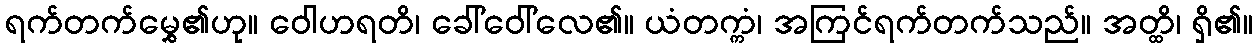
ရက်တက်မွှေ၏ဟု။ ဝေါဟရတိ၊ ခေါ်ဝေါ်လေ၏။ ယံတက္ကံ၊ အကြင်ရက်တက်သည်။ အတ္ထိ၊ ရှိ၏။